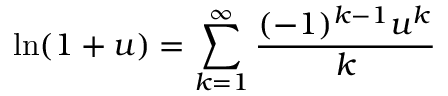
\ln ( 1 + u ) = \sum _ { k = 1 } ^ { \infty } { \frac { ( - 1 ) ^ { k - 1 } u ^ { k } } { k } }